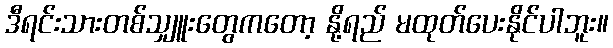
ဒီရင်းသားတစ်သျှူးတွေကတော့ နို့ရည် မထုတ်ပေးနိုင်ပါဘူး။